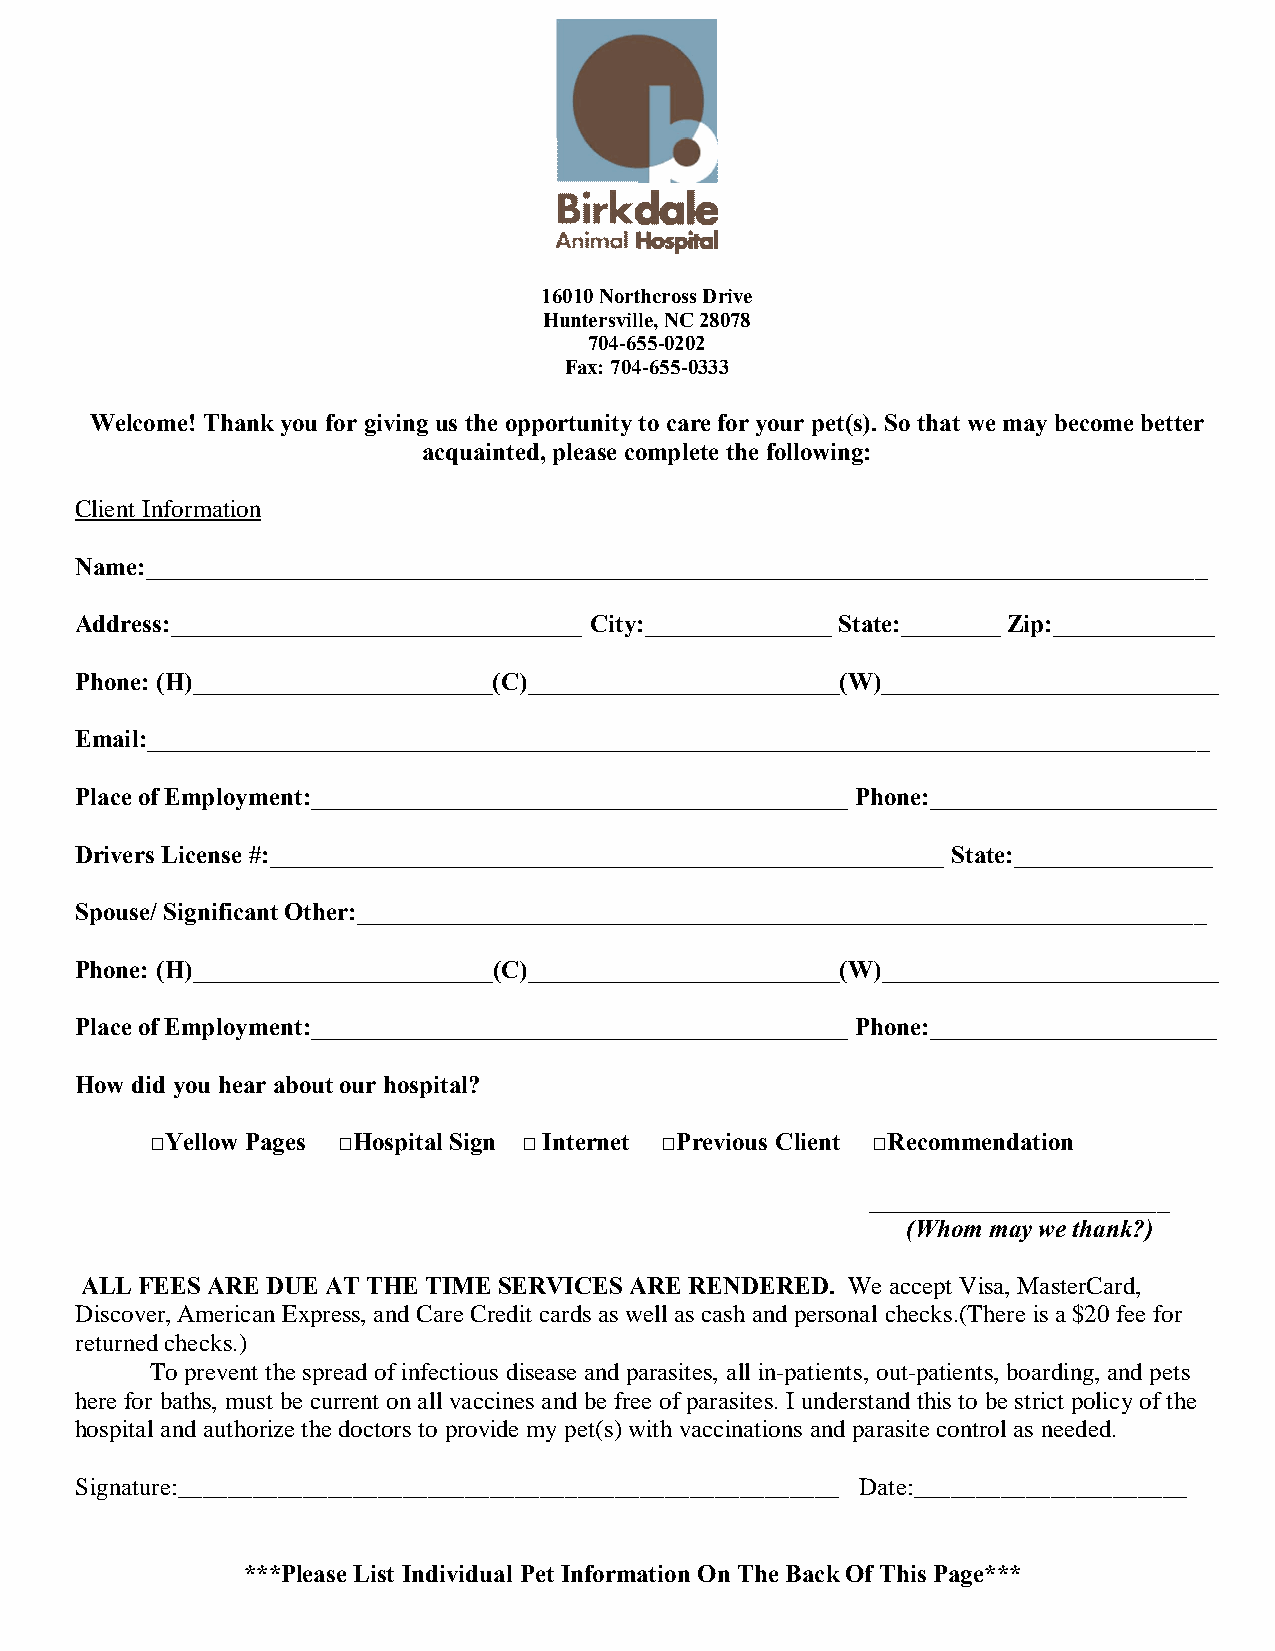
16010 Northcross Drive
 Huntersville, NC 28078
 704-655-0202
 Fax: 704-655-0333
 Welcome! Thank you for giving us the opportunity to care for your pet(s). So that we may become better
 acquainted, please complete the following:
 Client Information
 Name:_____________________________________________________________________________________
 Address:_________________________________ City:_______________ State:________ Zip:_____________
 Phone: (H)________________________(C)_________________________(W)___________________________
 Email:_____________________________________________________________________________________
 Place of Employment:___________________________________________ Phone:_______________________
 Drivers License #:______________________________________________________ State:________________
 Spouse/ Significant Other:____________________________________________________________________
 Phone: (H)________________________(C)_________________________(W)___________________________
 Place of Employment:___________________________________________ Phone:_______________________
 How did you hear about our hospital?
 □Yellow Pages □Hospital Sign □ Internet □Previous Client □Recommendation
 ________________________
 (Whom may we thank?)
 ALL FEES ARE DUE AT THE TIME SERVICES ARE RENDERED. We accept Visa, MasterCard,
 Discover, American Express, and Care Credit cards as well as cash and personal checks.(There is a $20 fee for
 returned checks.)
 To prevent the spread of infectious disease and parasites, all in-patients, out-patients, boarding, and pets
 here for baths, must be current on all vaccines and be free of parasites. I understand this to be strict policy of the
 hospital and authorize the doctors to provide my pet(s) with vaccinations and parasite control as needed.
 Signature:_____________________________________________________ Date:______________________
 ***Please List Individual Pet Information On The Back Of This Page***